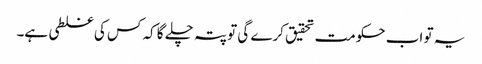
یہ تو اب حکومت تحقیق کرے گی تو پتہ چلے گا کہ کس کی غلطی ہے۔